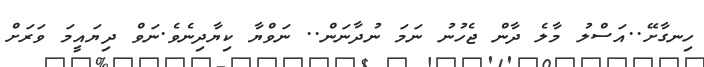
ހިނގާށޭ..އަސްލު މާލެ ދާން ޖެހުނު ނަމަ ނުދާނަން.. ނަވްޔާ ކިޔާދިނެވެ.ނަވް ދިޔައީމަ ވަރަށް